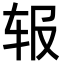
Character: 𬨃